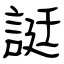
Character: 誔